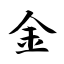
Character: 金